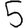
Digit: 5